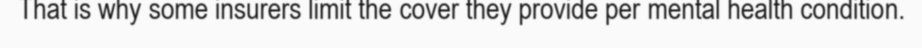
That is why some insurers limit the cover they provide per mental health condition.